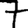
Digit: 7